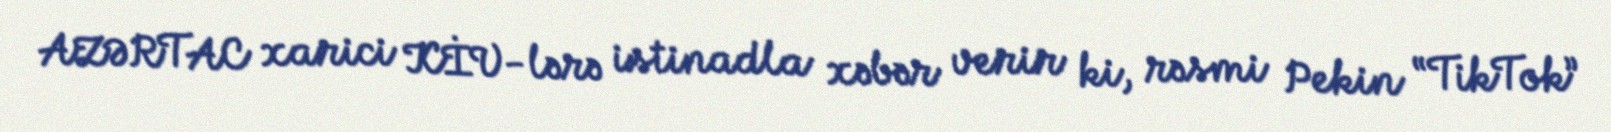
AZƏRTAC xarici KİV-lərə istinadla xəbər verir ki, rəsmi Pekin “TikTok”